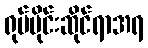
ရုပ်ပိုင်းဆိုင်ရာအရ